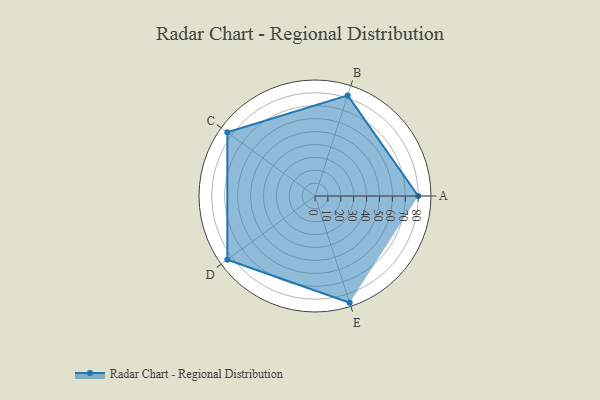
{"axis": {"x": "Skill", "y": "Score"}, "legend": ["Profile"], "data": [{"x": "A", "y": 80.0, "type": "Profile"}, {"x": "B", "y": 82.0, "type": "Profile"}, {"x": "C", "y": 84.0, "type": "Profile"}, {"x": "D", "y": 84.0, "type": "Profile"}, {"x": "E", "y": 87.0, "type": "Profile"}]}